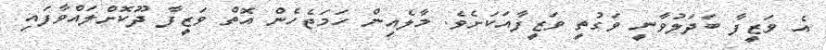
އެ ވަޒީފާ ބަދަލުވާނީ ވަގުތީ ވަޒީފާއަކަށެވެ. މާލެއިން ހަމަޖެހެން އޮތް ވަޒީފާ ދޫކޮށްލައްވާފައި